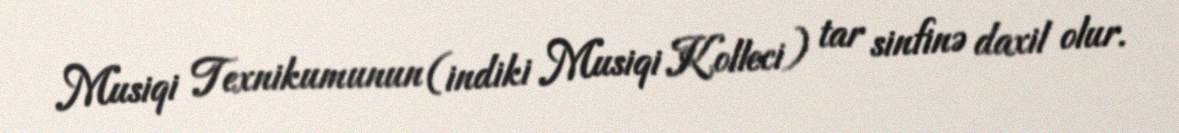
Musiqi Texnikumunun (indiki Musiqi Kolleci) tar sinfinə daxil olur.